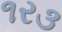
૧ર૩